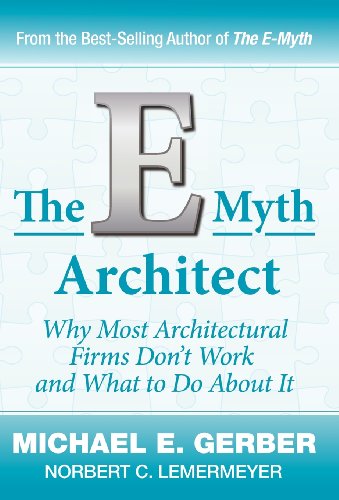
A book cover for The E-Myth Architect (E-Myth Expert); Michael E. Gerber; Arts & Photography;